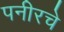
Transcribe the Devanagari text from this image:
पनीरचे